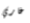
غاري